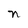
Character: n